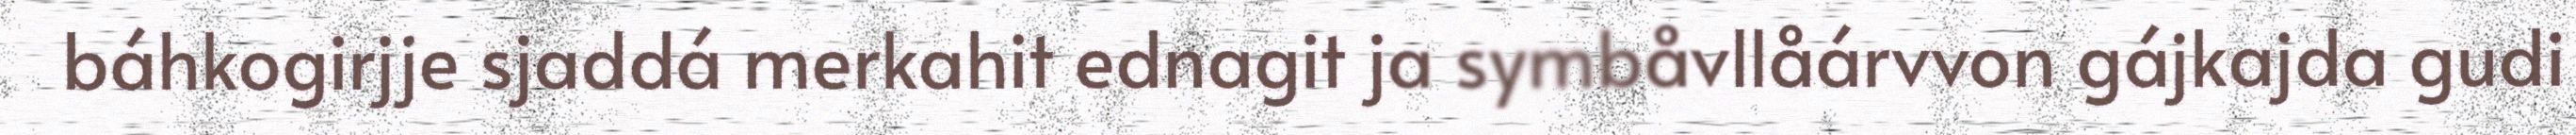
báhkogirjje sjaddá merkahit ednagit ja symbåvllåárvvon gájkajda gudi